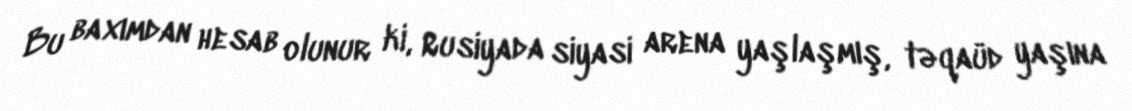
Bu baxımdan hesab olunur ki, Rusiyada siyasi arena yaşlaşmış, təqaüd yaşına